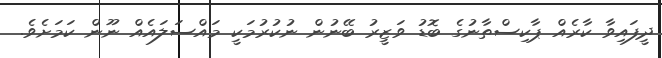
ދީފައިވާ ކާރެއް ޕާކިސްތާނުގެ ބޮޑު ވަޒީރު ބޭނުން ނުކުރުމަކީ މައްސަލައެއް ނޫން ކަމަށެވެ.